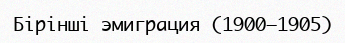
Бірінші эмиграция (1900—1905)